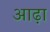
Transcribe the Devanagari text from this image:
आढ़ा